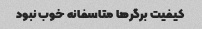
کیفیت برگرها متاسفانه خوب نبود